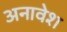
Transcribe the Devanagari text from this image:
अनावेश